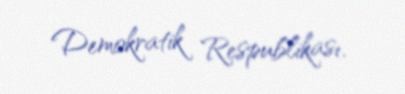
Demokratik Respublikası.